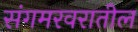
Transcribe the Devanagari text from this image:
संगमरवरातील